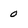
Character: 0